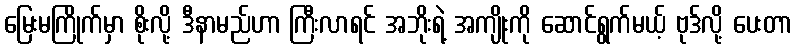
မြေးမကြိုက်မှာ စိုးလို့ ဒီနာမည်ဟာ ကြီးလာရင် အဘိုးရဲ့ အကျိုးကို ဆောင်ရွက်မယ့် ဗုဒ်လို့ ပေးတာ